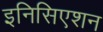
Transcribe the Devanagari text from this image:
इनिसिएशन